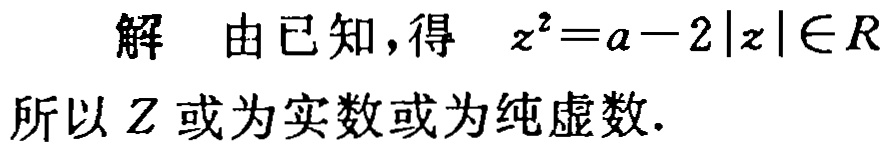
解 由已知，得 \(z^{2}=a - 2|z|\in R\)

所以\(Z\)或为实数或为纯虚数.